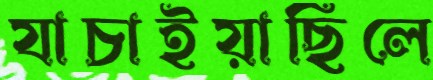
যাচাইয়াছিলে